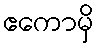
ဧကောမှိ